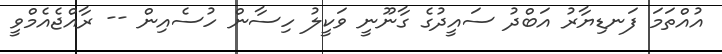
އުއްތަމަ ފަނޑިޔާރު އަބްދު ސައީދުގެ ގާނޫނީ ވަކީލު ހިސާން ހުސެއިން -- ރާއްޖެއެމްވީ